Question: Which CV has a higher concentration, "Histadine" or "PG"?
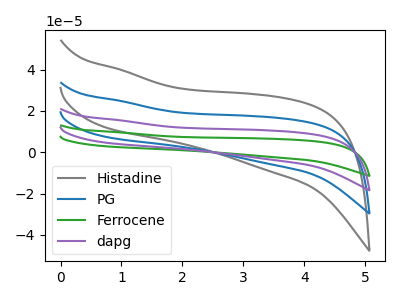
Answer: <think>The gray curve "Histadine" has no peaks. The blue curve "PG" has no peaks. The green curve "Ferrocene" has no peaks. The purple curve "dapg" has no peaks.
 Neither "Histadine" or "PG" have any peaks.</think>
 <answer>I cant tell if "Histadine" or "PG" has higher concentration.</answer>
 <eval>mixed_concentration</eval>